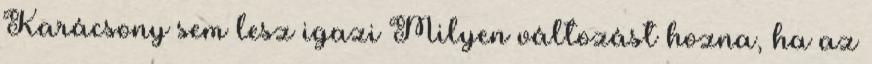
Karácsony sem lesz igazi Milyen változást hozna, ha az